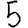
Digit: 5